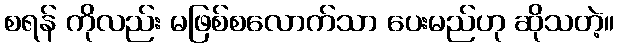
စရန် ကိုလည်း မဖြစ်စလောက်သာ ပေးမည်ဟု ဆိုသတဲ့။